Annual administration report of the Civil Veterinary Department of India - 1895-1896
Year: 1895
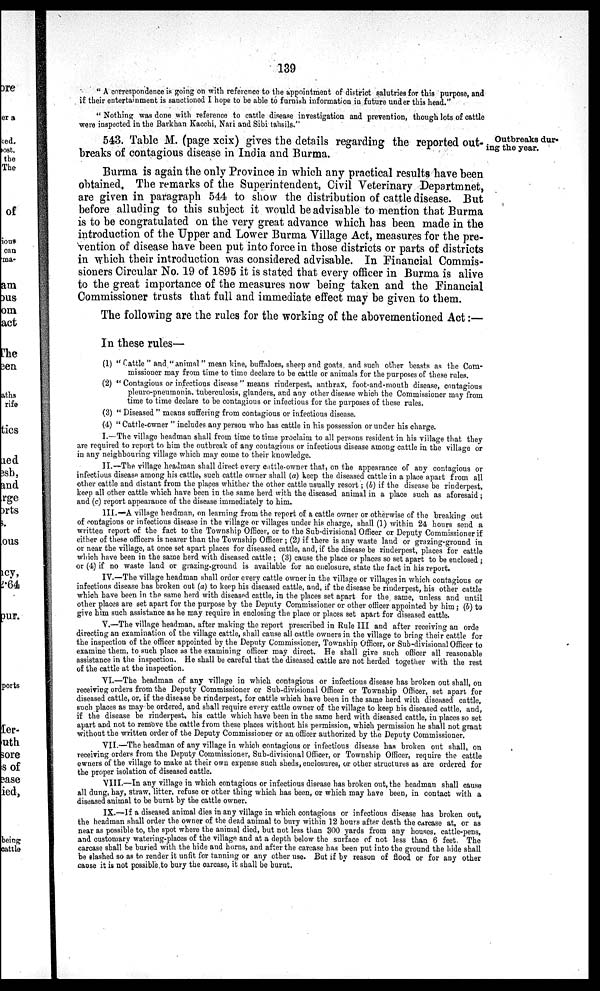
139
"A correspondence is going on with reference to the appointment of district salutries for this purpose, and
if their entertainment is sanctioned I hope to be able to furnish information in future under this head."
"Nothing was done with reference to cattle disease investigation and prevention, though lots of cattle
were inspected in the Barkhan Kacchi, Nari and Sibi tahsils."
Outbreaks dur-
ing the year.
543. Table M. (page xcix) gives the details regarding the reported out-
breaks of contagious disease in India and Burma.
Burma is again the only Province in which any practical results have been
obtained. The remarks of the Superintendent, Civil Veterinary Departmnet,
are given in paragraph 544 to show the distribution of cattle disease. But
before alluding to this subject it would be advisable to mention that Burma
is to be congratulated on the very great advance which has been made in the
introduction of the Upper and Lower Burma Village Act, measures for the pre-
vention of disease have been put into force in those districts or parts of districts
in which their introduction was considered advisable. In Financial Commis-
sioners Circular No. 19 of 1895 it is stated that every officer in Burma is alive
to the great importance of the measures now being taken and the Financial
Commissioner trusts that full and immediate effect may be given to them.
The following are the rules for the working of the abovementioned Act:—
In these rules—
(1) "Cattle" and "animal" mean kine, buffaloes, sheep and goats and such other beasts as the Com-
missioner may from time to time declare to be cattle or animals for the purposes of these rules.
(2) "Contagious or infectious disease" means rinderpest, anthrax, foot-and-mouth disease, contagious
pleuro-pneumonia, tuberculosis, glanders, and any other disease which the Commissioner may from
time to time declare to be contagious or infectious for the purposes of these rules.
(3) "Diseased" means suffering from contagious or infectious disease.
(4) "Cattle-owner" includes any person who has cattle in his possession or under his charge.
I.—The village headman shall from time to time proclaim to all persons resident in his village that they
are required to report to him the outbreak of any contagious or infectious disease among cattle in the village or
in any neighbouring village which may come to their knowledge.
II.—The village headman shall direct every cattle-owner that, on the appearance of any contagious or
infectious disease among his cattle, such cattle owner shall (a) keep the diseased cattle in a place apart from all
other cattle and distant from the places whither the other cattle usually resort; (b)zx if the disease be rinderpest,
keep all other cattle which have been in the same herd with the diseased animal in a place such as aforesaid;
and (c) report appearance of the disease immediately to him.
III.—A village headman, on learning from the report of a cattle owner or otherwise of the breaking out
of contagious or infectious disease in the village or villages under his charge, shall (1) within 24 hours send a
written report of the fact to the Township Officer, or to the Sub-divisional Officer or Deputy Commissioner if
either of these officers is nearer than the Township Officer; (2) if there is any waste land or grazing-ground in
or near the village, at once set apart places for diseased cattle, and, if the disease be rinderpest, places for cattle
which have been in the same herd with diseased cattle; (3) cause the place or places so set apart to be enclosed;
or (4) if no waste land or grazing-ground is available for an enclosure, state the fact in his report.
IV.—The village headman shall order every cattle owner in the village or villages in which contagious or
infectious disease has broken out (a) to keep his diseased cattle, and, if the disease be rinderpest, his other cattle
which have been in the same herd with diseased cattle, in the places set apart for the same, unless and until
other places are set apart for the purpose by the Deputy Commissioner or other officer appointed by him; (b) to
give him such assistance as he may require in enclosing the place or places set apart for diseased cattle.
V.—The village headman, after making the report prescribed in Rule III and after receiving an orde
directing an examination of the village cattle, shall cause all cattle owners in the village to bring their cattle for
the inspection of the officer appointed by the Deputy Commissioner, Township Officer, or Sub-divisional Officer to
examine them, to such place as the examining officer may direct. He shall give such officer all reasonable
assistance in the inspection. He shall be careful that the diseased cattle are not herded together with the rest
of the cattle at the inspection.
VI.—The headman of any village in which contagious or infectious disease has broken out shall, on
receiving orders from the Deputy Commissioner or Sub-divisional Officer or Township Officer, set apart for
diseased cattle, or, if the disease be rinderpest, for cattle which have been in the same herd with diseased cattle,
such places as may be ordered, and shall require every cattle owner of the village to keep his diseased cattle, and,
if the disease be rinderpest, his cattle which have been in the same herd with diseased cattle, in places so set
apart and not to remove the cattle from these places without his permission, which permission he shall not grant
without the written order of the Deputy Commissioner or an officer authorized by the Deputy Commissioner.
VII.—The headman of any village in which contagious or infectious disease has broken out shall, on
receiving orders from the Deputy Commissioner, Sub-divisional Officer, or Township Officer, require the cattle
owners of the village to make at their own expense such sheds, enclosures, or other structures as are ordered for
the proper isolation of diseased cattle.
VIII.—In any village in which contagious or infectious disease has broken out, the headman shall cause
all dung, hay, straw, litter, refuse or other thing which has been, or which may have been, in contact with a
diseased animal to be burnt by the cattle owner.
IX.—If a diseased animal dies in any village in which contagious or infectious disease has broken out,
the headman shall order the owner of the dead animal to bury within 12 hours after death the carcase at, or as
near as possible to, the spot where the animal died, but not less than 300 yards from any houses, cattle-pens,
and customary watering-places of the village and at a depth below the surface of not less than 6 feet. The
carcase shall be buried with the hide and horns, and after the carcase has been put into the ground the hide shall
be slashed so as to render it unfit for tanning or any other use. But if by reason of flood or for any other
cause it is not possible to bury the carcase, it shall be burnt.